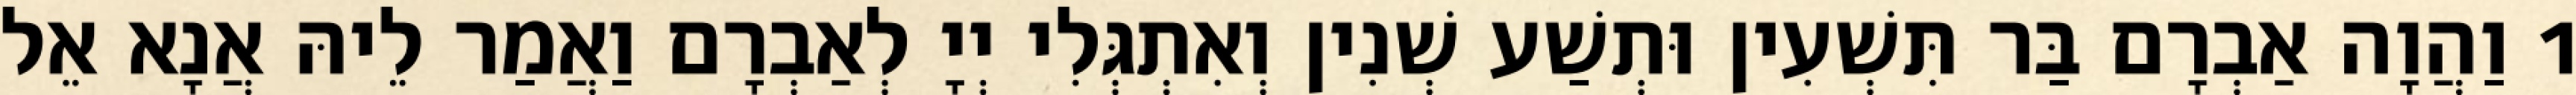
1 וַהֲוָה אַבְרָם בַּר תִּשְׁעִין וּתְשַׁע שְׁנִין וְאִתְגְּלִי יְיָ לְאַבְרָם וַאֲמַר לֵיהּ אֲנָא אֵל